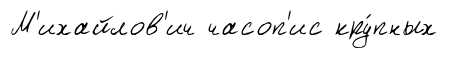
М'ихайлов'ич часоп'ис кру́пных